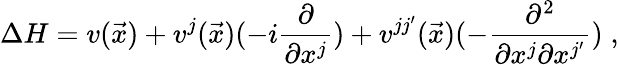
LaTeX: \Delta H=v(\vec{x})+v^{j}(\vec{x})(-i\frac{\partial}{\partial x^{j}})+v^{jj^{\prime}}(\vec{x})(-\frac{\partial^{2}}{\partial x^{j}\partial x^{j^{\prime}}})\; ,